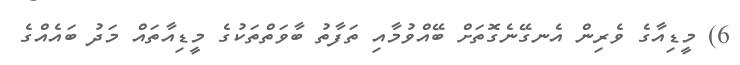
6) މީޑިއާގެ ވެރިން އެނގޭނެގޮތަށް ބޭއްވުމާއި ތަފާތު ބާވަތްތަކުގެ މީޑިއާތައް މަދު ބައެއްގެ